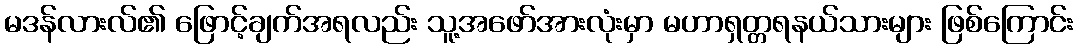
မဒန်လားလ်၏ ဖြောင့်ချက်အရလည်း သူ့အဖော်အားလုံးမှာ မဟာရှတ္တရနယ်သားများ ဖြစ်ကြောင်း